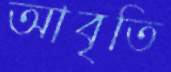
আবৃতি